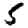
Digit: 5